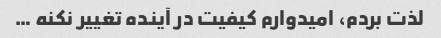
لذت بردم، امیدوارم کیفیت در آینده تغییر نکنه …